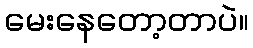
မေးနေတော့တာပဲ။